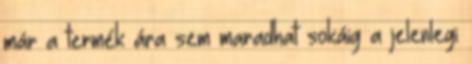
már a termék ára sem maradhat sokáig a jelenlegi